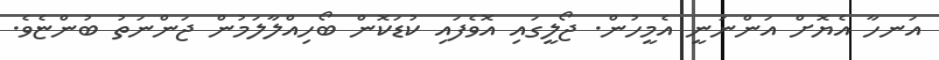
އަނހާ އެޔޮށް އަންނަނީ އެމީހުން. ޖޯލީގައި އޮވެފައި ކުޑަކޮން ބޯހިއްލާލަމުން ޖަންނަތު ބުންޏެވެ.